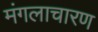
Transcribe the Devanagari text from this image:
मंगलाचारण